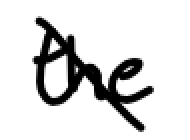
Text: the
Cross-out: diagonal
Writing tool: digital_black